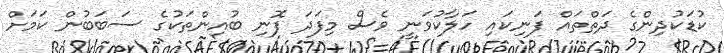
ކުޑަކުދިންގެ ދަތްތައް ފަނިކައި ހަލާކުވަނީ ވެސް މިފަދަ ފޮނި ބުއިންތަކުގެ ސަބަބުން ކަމަށް